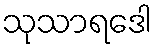
သုသာရဒေါ